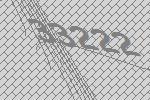
33222